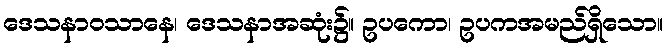
ဒေသနာဝသာနေ၊ ဒေသနာအဆုံး၌။ ဥပကော၊ ဥပကအမည်ရှိသော။